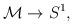
LaTeX: \begin{align*}{\cal{M}}\rightarrow S^{1},\end{align*}